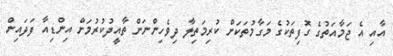
އާއި އެ ޖަމާއަތުގެ ގޮފިތަކުގެ މަގާމުތަކަށް ކުރިމަތިލާ ދިވެހިންނަށް ތާއީދުކުރުމަށް އިންޑިއާ ފަދައިން